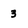
Character: 3